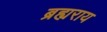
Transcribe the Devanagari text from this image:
ब्रह्यराय